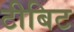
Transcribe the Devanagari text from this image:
टीबिट